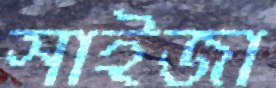
সাইজা